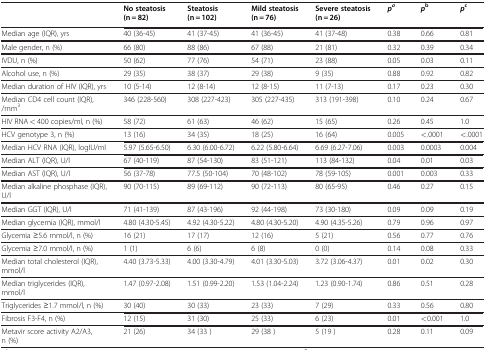
<table><thead><tr><td><b> </b></td><td><b>No steatosis(n=82)</b></td><td><b>Steatosis(n=102)</b></td><td><b>Mild steatosis(n=76)</b></td><td><b>Severe steatosis(n=26)</b></td><td><b><i>p</i><sup><i>a</i></sup></b></td><td><b><i>p</i><sup>b</sup></b></td><td><b><i>p</i><sup>c</sup></b></td></tr></thead><tbody><tr><td>Median age (IQR), yrs</td><td>40 (36-45)</td><td>41 (37-45)</td><td>41 (36-45)</td><td>41 (37-48)</td><td>0.38</td><td>0.66</td><td>0.81</td></tr><tr><td>Male gender, n (%)</td><td>66 (80)</td><td>88 (86)</td><td>67 (88)</td><td>21 (81)</td><td>0.32</td><td>0.39</td><td>0.34</td></tr><tr><td>IVDU, n (%)</td><td>50 (62)</td><td>77 (76)</td><td>54 (71)</td><td>23 (88)</td><td>0.05</td><td>0.03</td><td>0.11</td></tr><tr><td>Alcohol use, n (%)</td><td>29 (35)</td><td>38 (37)</td><td>29 (38)</td><td>9 (35)</td><td>0.88</td><td>0.92</td><td>0.82</td></tr><tr><td>Median duration of HIV (IQR), yrs</td><td>10 (5-14)</td><td>12 (8-14)</td><td>12 (8-15)</td><td>11 (7-13)</td><td>0.17</td><td>0.23</td><td>0.30</td></tr><tr><td>Median CD4 cell count (IQR), /mm<sup>3</sup></td><td>346 (228-560)</td><td>308 (227-423)</td><td>305 (227-435)</td><td>313 (191-398)</td><td>0.10</td><td>0.24</td><td>0.67</td></tr><tr><td>HIV RNA&lt;400 copies/ml, n (%)</td><td>58 (72)</td><td>61 (63)</td><td>46 (62)</td><td>15 (65)</td><td>0.26</td><td>0.45</td><td>1.0</td></tr><tr><td>HCV genotype 3, n (%)</td><td>13 (16)</td><td>34 (35)</td><td>18 (25)</td><td>16 (64)</td><td>0.005</td><td>&lt;.0001</td><td>&lt;.0001</td></tr><tr><td>Median HCV RNA (IQR), logIU/ml</td><td>5.97 (5.65-6.50)</td><td>6.30 (6.00-6.72)</td><td>6.22 (5.80-6.64)</td><td>6.69 (6.27-7.06)</td><td>0.003</td><td>0.0003</td><td>0.004</td></tr><tr><td>Median ALT (IQR), U/l</td><td>67 (40-119)</td><td>87 (54-130)</td><td>83 (51-121)</td><td>113 (84-132)</td><td>0.04</td><td>0.01</td><td>0.03</td></tr><tr><td>Median AST (IQR), U/l</td><td>56 (37-78)</td><td>77.5 (50-104)</td><td>70 (48-102)</td><td>78 (59-105)</td><td>0.001</td><td>0.003</td><td>0.33</td></tr><tr><td>Median alkaline phosphase (IQR), U/l</td><td>90 (70-115)</td><td>89 (69-112)</td><td>90 (72-113)</td><td>80 (65-95)</td><td>0.46</td><td>0.27</td><td>0.15</td></tr><tr><td>Median GGT (IQR), U/l</td><td>71 (41-139)</td><td>87 (43-196)</td><td>92 (44-198)</td><td>73 (30-180)</td><td>0.09</td><td>0.09</td><td>0.19</td></tr><tr><td>Median glycemia (IQR), mmol/l</td><td>4.80 (4.30-5.45)</td><td>4.92 (4.30-5.22)</td><td>4.80 (4.30-5.20)</td><td>4.90 (4.35-5.26)</td><td>0.79</td><td>0.96</td><td>0.97</td></tr><tr><td>Glycemia 5.6mmol/l, n (%)</td><td>16 (21)</td><td>17 (17)</td><td>12 (16)</td><td>5 (21)</td><td>0.56</td><td>0.77</td><td>0.76</td></tr><tr><td>Glycemia 7.0mmol/l, n (%)</td><td>1 (1)</td><td>6 (6)</td><td>6 (8)</td><td>0 (0)</td><td>0.14</td><td>0.08</td><td>0.33</td></tr><tr><td>Median total cholesterol (IQR), mmol/l</td><td>4.40 (3.73-5.33)</td><td>4.00 (3.30-4.79)</td><td>4.01 (3.30-5.03)</td><td>3.72 (3.06-4.37)</td><td>0.01</td><td>0.02</td><td>0.30</td></tr><tr><td>Median triglycerides (IQR), mmol/l</td><td>1.47 (0.97-2.08)</td><td>1.51 (0.99-2.20)</td><td>1.53 (1.04-2.24)</td><td>1.23 (0.90-1.74)</td><td>0.86</td><td>0.51</td><td>0.28</td></tr><tr><td>Triglycerides 1.7mmol/l, n (%)</td><td>30 (40)</td><td>30 (33)</td><td>23 (33)</td><td>7 (29)</td><td>0.33</td><td>0.56</td><td>0.80</td></tr><tr><td>Fibrosis F3-F4, n (%)</td><td>12 (15)</td><td>31 (30)</td><td>25 (33)</td><td>6 (23)</td><td>0.01</td><td>&lt;0.001</td><td>1.0</td></tr><tr><td>Metavir score activity A2/A3, n (%)</td><td>21 (26)</td><td>34 (33 )</td><td>29 (38 )</td><td>5 (19 )</td><td>0.28</td><td>0.11</td><td>0.09</td></tr></tbody></table>